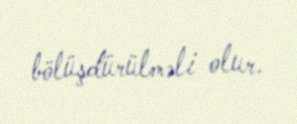
bölüşdürülməli olur.